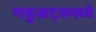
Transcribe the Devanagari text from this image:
नाहुआट्लमध्ये